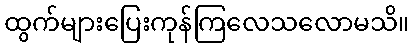
ထွက်များပြေးကုန်ကြလေသလောမသိ။